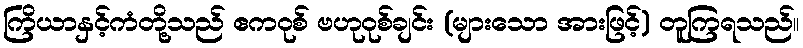
ကြိယာနှင့်ကံတို့သည် ဧကဝုစ် ဗဟုဝုစ်ချင်း (များသော အားဖြင့်) တူကြရသည်။